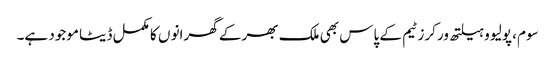
سوم، پولیو و ہیلتھ ورکرز ٹیم کے پاس بھی ملک بھر کے گھرانو ں کا مکمل ڈیٹا موجود ہے۔